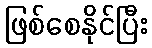
ဖြစ်စေနိုင်ပြီး